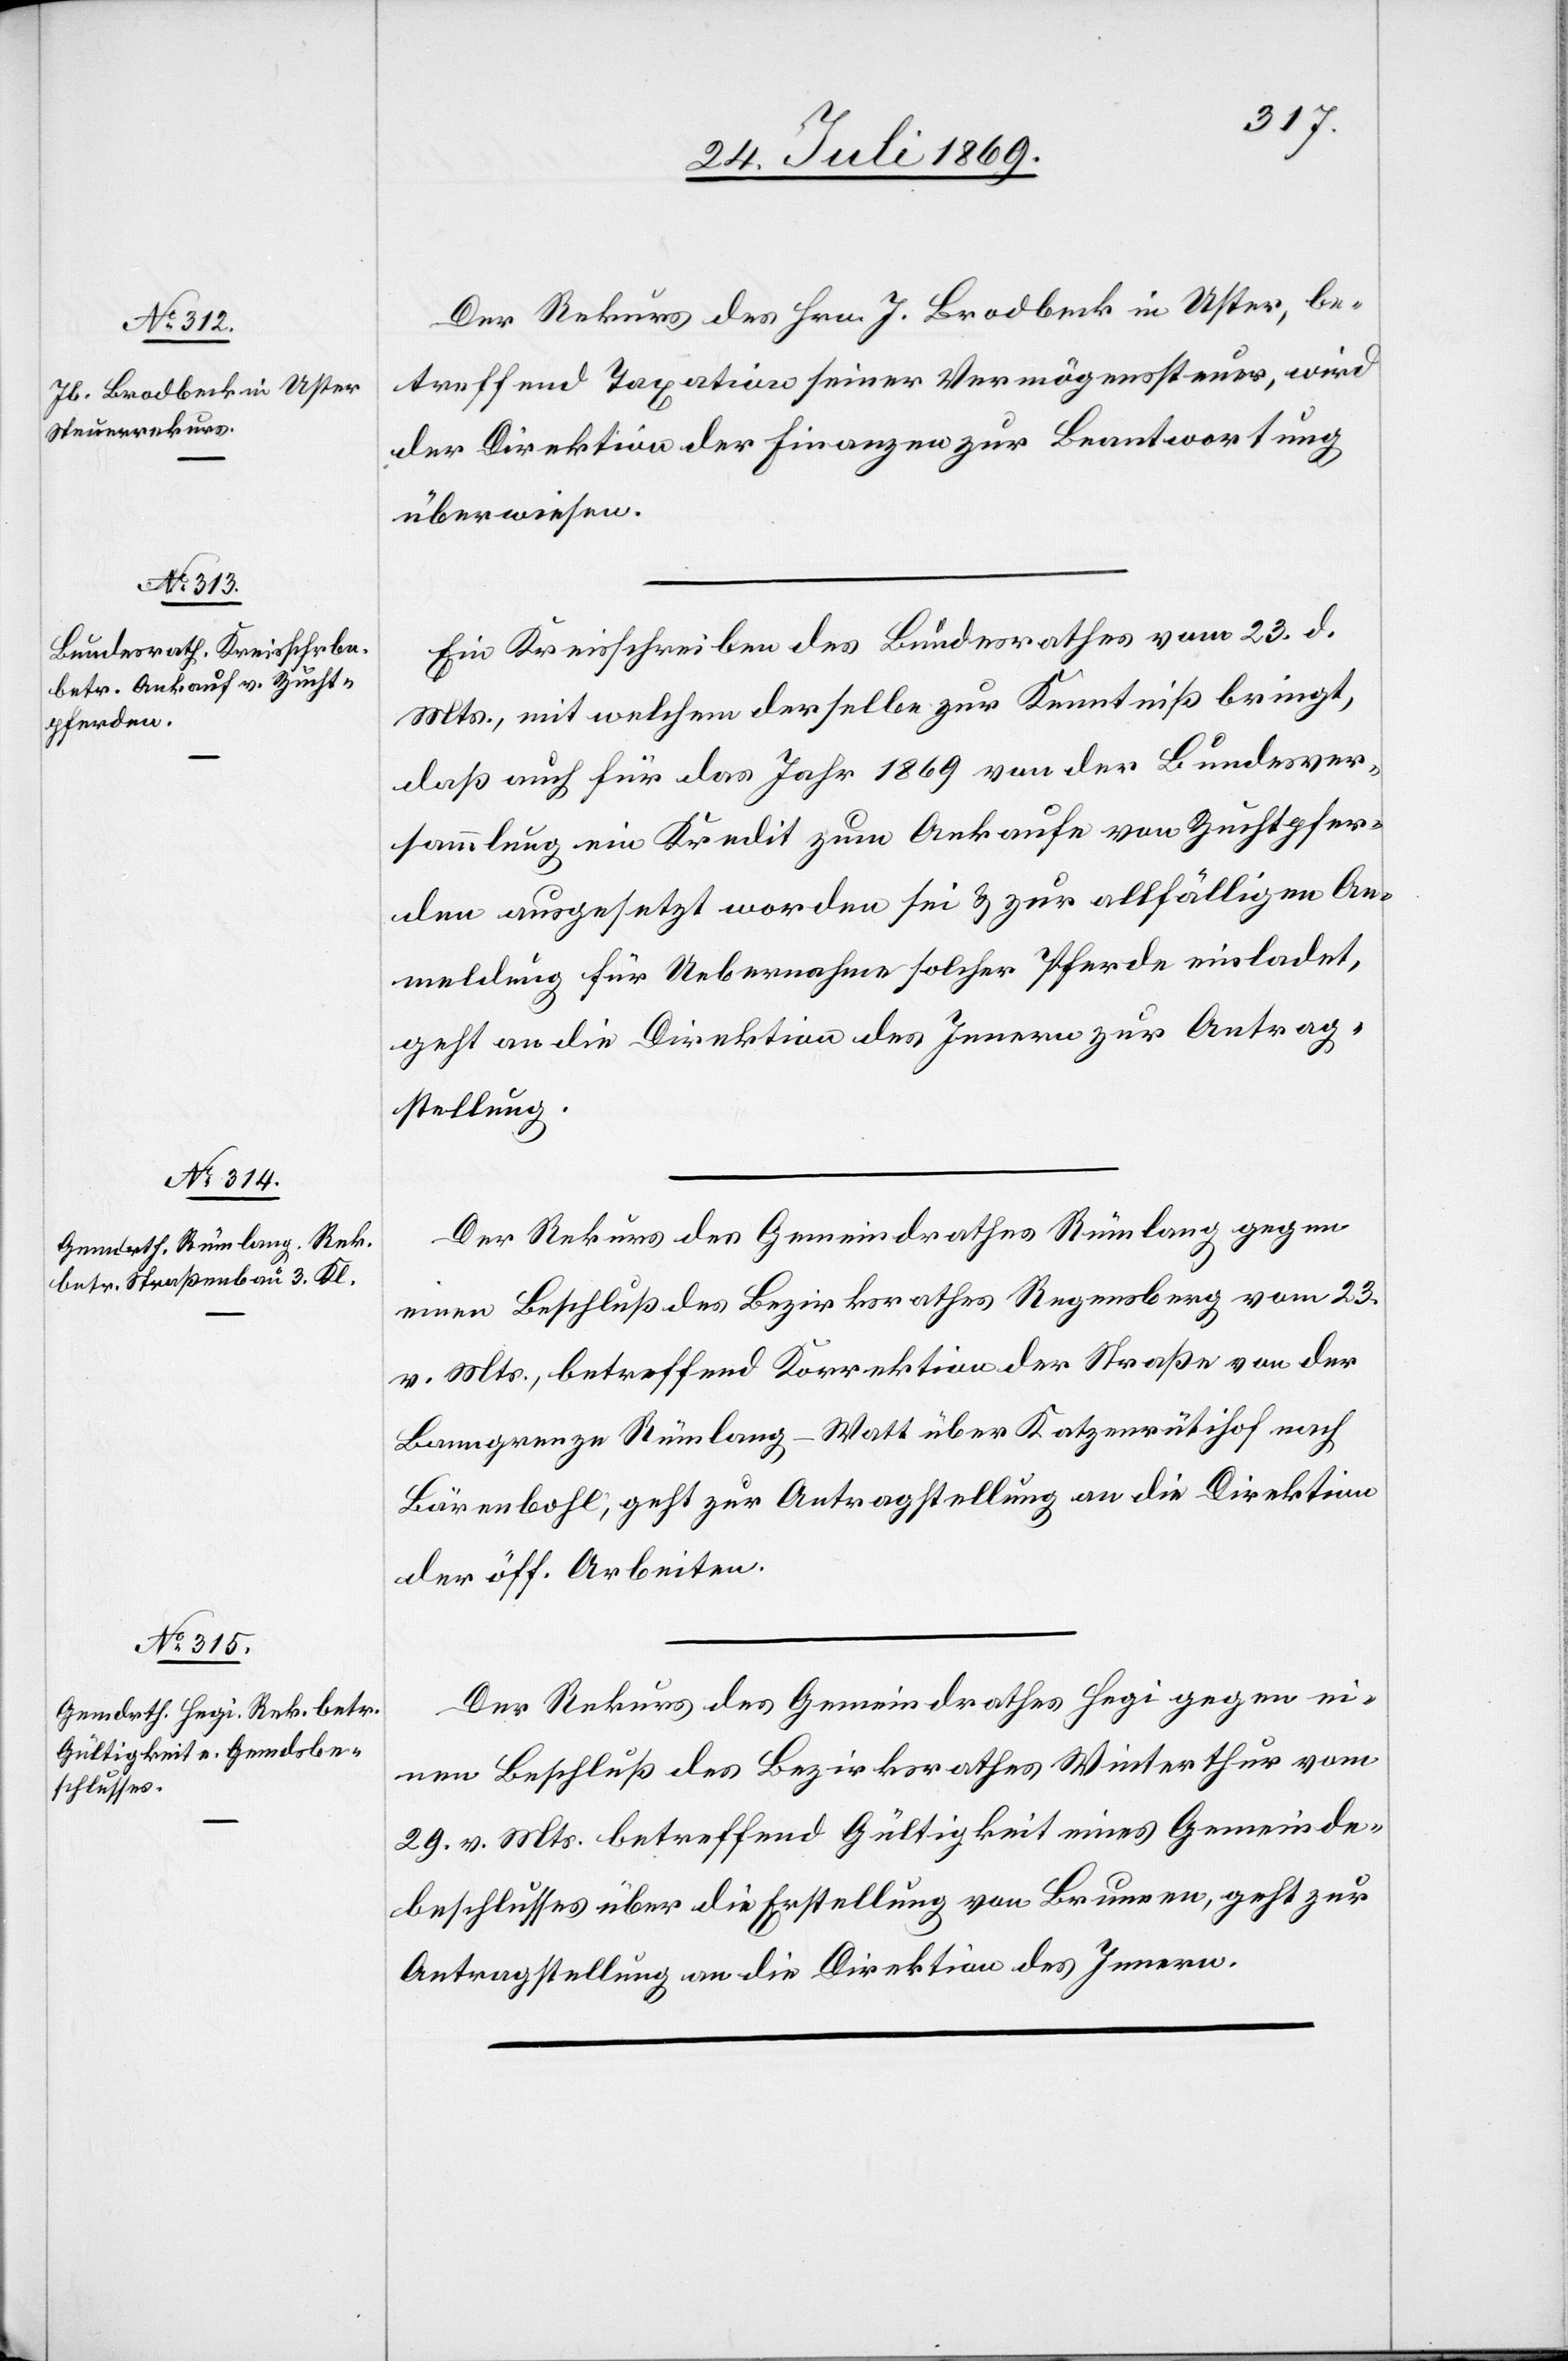
26. Juli 1869.]
Der Rekurs des Hrn. J. Brodbeck in Uster, be¬
treffend Taxation seiner Vermögenssteuer, wird
der Direktion der Finanzen zur Beantwortung
überwiesen.
Ein Kreisschreiben des Bundesrathes vom 23. d.
Mts., mit welchem derselbe zur Kenntniß bringt,
daß auch für das Jahr 1869 von der Bundesver¬
sammlung ein Kredit zum Ankaufe von Zuchtpfer¬
den ausgesetzt worden sei u. zur allfälligen An¬
meldung für Uebernahme solcher Pferde einladet,
geht an die Direktion des Innern zur Antrag¬
stellung.
Der Rekurs des Gemeindrathes Rümlang gegen
einen Beschluß des Bezirksrathes Regensberg vom 23.
v. Mts., betreffend Korrektion der Straße von der
Banngrenze Rümlang-Watt über Katzenrütihof nach
Bärenbohl, geht zur Antragstellung an die Direktion
der öff. Arbeiten.
Der Rekurs des Gemeindrathes Hegi gegen ei¬
nen Beschluß des Bezirksrathes Winterthur vom
29. v. Mts. betreffend Gültigkeit eines Gemeinds¬
beschlusses über die Erstellung von Brunnen, geht zur
Antragstellung an die Direktion des Innern.